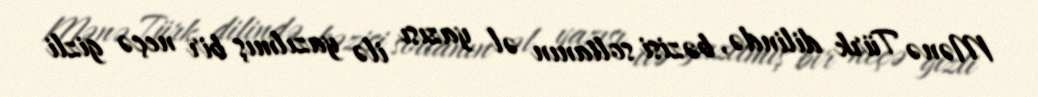
Mənə Türk dilində, bəzisi soltanın əl yazısı ilə yazılmış bir neçə gizli